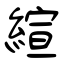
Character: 縇